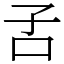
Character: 𡥄